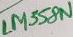
Text: LM358N